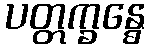
ပတ္တက္ခန္ဓေ